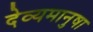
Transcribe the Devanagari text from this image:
देव्यमानुषा